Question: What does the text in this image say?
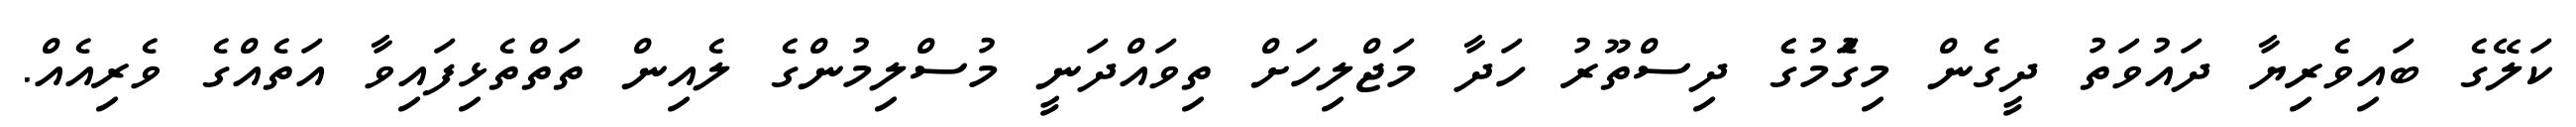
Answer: ކަލޭގެ ބައިވެރިޔާ ދައުވަތު ދީގެން މިގަެުމުގެެ ދިސްތޫރު ހަދާ މަޖްލިހަށް ތިވައްދަނީ މުސްލިމުންގެ ލެއިން ތަތްތެޅިފައިވާ އަތެއްގެ ވެރިއެއް.